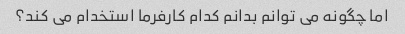
اما چگونه می توانم بدانم کدام کارفرما استخدام می کند؟